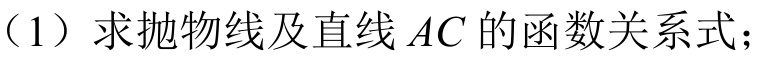
（1）求抛物线及直线\(AC\)的函数关系式；